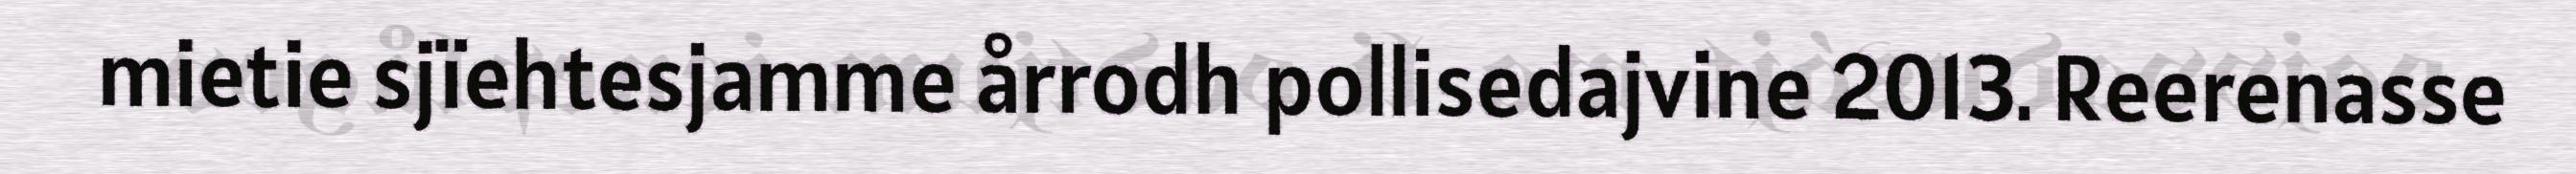
mietie sjïehtesjamme årrodh pollisedajvine 2013. Reerenasse